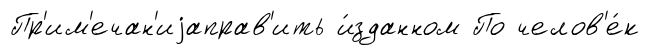
Пр'им'ечан'иjаправ'ить и́зданном По челов'е́к